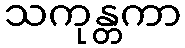
သကုန္တကာ